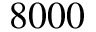
8 0 0 0